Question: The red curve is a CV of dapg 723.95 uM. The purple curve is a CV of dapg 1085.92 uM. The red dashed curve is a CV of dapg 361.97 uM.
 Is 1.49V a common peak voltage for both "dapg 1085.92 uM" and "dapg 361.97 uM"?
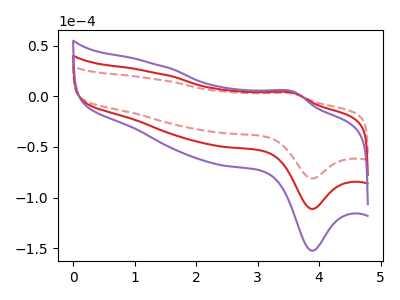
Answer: <think>The red curve "dapg 723.95 uM" has an anodic peak at (3.60V, 3.20uA) and a cathodic peak at (3.90V, -111.30uA). The purple curve "dapg 1085.92 uM" has an anodic peak at (3.60V, 6.45uA) and a cathodic peak at (3.90V, -222.60uA). The red dashed curve "dapg 361.97 uM" has an anodic peak at (3.60V, 2.35uA) and a cathodic peak at (3.90V, -81.20uA).</think>
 <answer>No, "dapg 1085.92 uM" and "dapg 361.97 uM" dont share a peak at 1.49V.</answer>
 <eval>mismatch</eval>